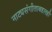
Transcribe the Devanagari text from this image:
नाट्यसंगीताबद्दलही